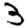
Digit: 3